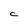
Character: C